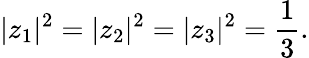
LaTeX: |z_{1}|^{2}=|z_{2}|^{2}=|z_{3}|^{2}=\frac{1}{3}.